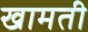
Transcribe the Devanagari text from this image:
खामती